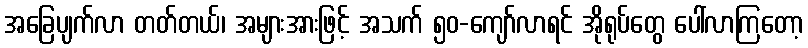
အခြေပျက်လာ တတ်တယ်၊ အများအားဖြင့် အသက် ၅၀-ကျော်လာရင် အိုရုပ်တွေ ပေါ်လာကြတော့